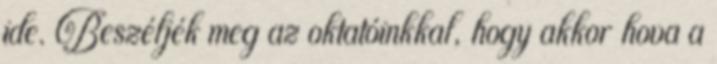
ide. Beszéljék meg az oktatóinkkal, hogy akkor hova a